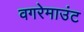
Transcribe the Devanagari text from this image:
वगरेमाउंट